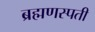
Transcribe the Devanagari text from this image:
ब्रह्मणस्पती